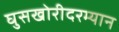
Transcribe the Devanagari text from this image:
घुसखोरीदरम्यान